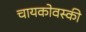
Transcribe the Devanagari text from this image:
चायकोवस्की